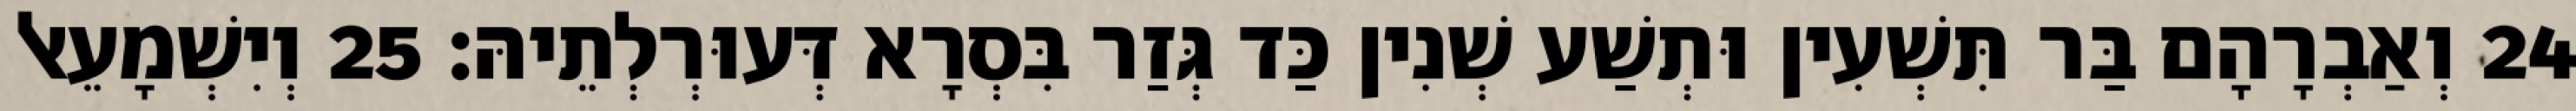
24 וְאַבְרָהָם בַּר תִּשְׁעִין וּתְשַׁע שְׁנִין כַּד גְּזַר בִּסְרָא דְּעוּרְלְתֵיהּ׃ 25 וְיִשְׁמָעֵאל